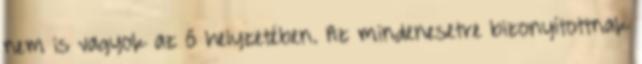
nem is vagyok az ő helyzetében. Az mindenesetre bizonyítottnak